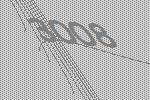
3008